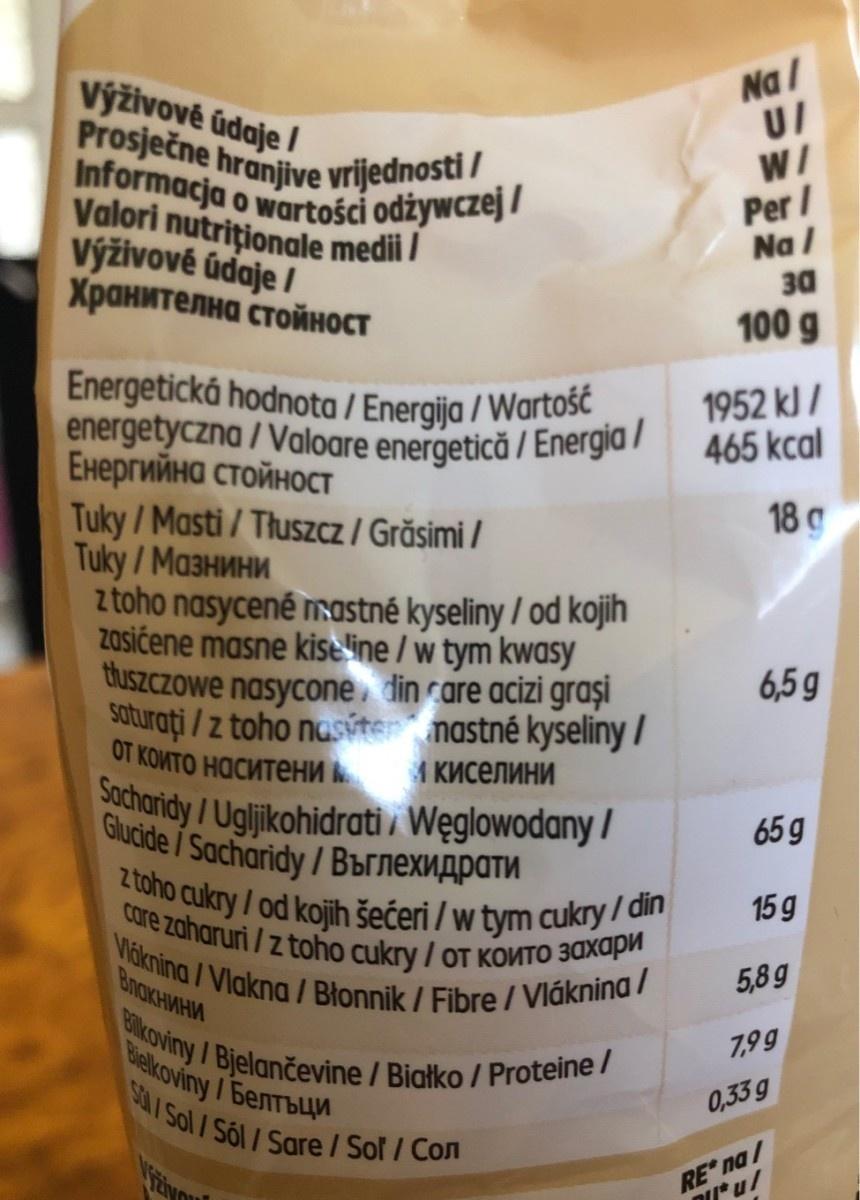
Na / U/ W/ Výživové údaje / Prosječne hranjive vrijednosti / Informacja o wartości odżywczej / Valori nutriționale medii / Výživové údaje / Хранителна стойност Per / Na / 30 100 g Energetická hodnota / Energija / Wartość energetyczna / Valoare energetică / Energia / Енергийна стойност Tuky/Masti / Tłuszcz / Grăsimi / Tuky/Ma3HMHN z toho nasycené astné kyseliny / od kojih Zasićene masne kise line / w tym kwasy tuszczowe nasycone, din rare acizi graşi Saturați / z toho nasýter nastné kyseliny / OТ КОИТО НаСИтени 1952 kJ / 465 kcal 18 g 6,5 g А Киселини acharidy/Ugljikohidrati i Węglowodany / Glucide / Sacharidy/Bürnexnapath 65 g z toho cukry /od kojih šećeri / w tym cukry / din care zaharuri /z toho cukry / OT KONTO 30Xapu 15g Vicknina /Vlakna / Błonnik / Fibre / Vláknina / Blkoviny /Bjelančevine / Białko / Proteine/ BnokHMHM 5,8g 7,99 Belkoviny /benTbun SOL/ Sol /Sól /Sare/Sof / Con 0,33 g RE na/ DI* u/